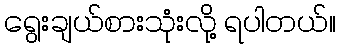
ရွေးချယ်စားသုံးလို့ ရပါတယ်။